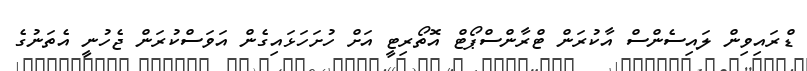
ޑްރައިވިން ލައިސެންސް އާކުރަން ޓްރާންސްޕޯޓް އޮތޯރިޓީ އަށް ހުށަހަޅައިގެން އަވަސްކުރަން ޖެހުނީ އެތަނުގެ